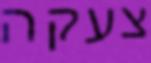
צעקה